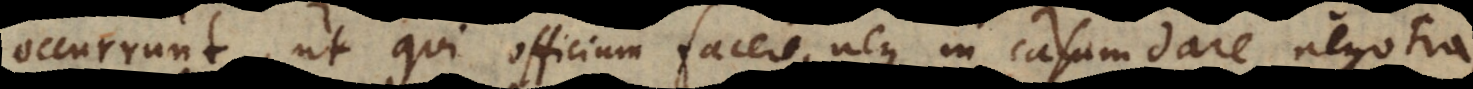
occurrunt, ut qui officium facere, neque in casum dare negotia,